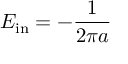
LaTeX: E _ { \mathrm { i n } } = - \frac { 1 } { 2 \pi a }